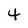
Character: 4